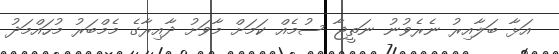
އަޅާ ބަލާއިރު ނެރެވުނު ނަތީޖާ ސުމެއް ކަމަަށް މާވަށު ދާއިރާގެ މެމްބަރު މުހައްމަދު